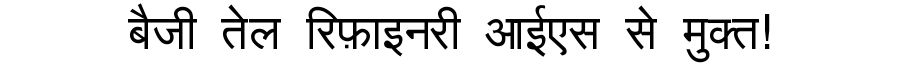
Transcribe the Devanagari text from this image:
बैजी तेल रिफ़ाइनरी आईएस से मुक्त!